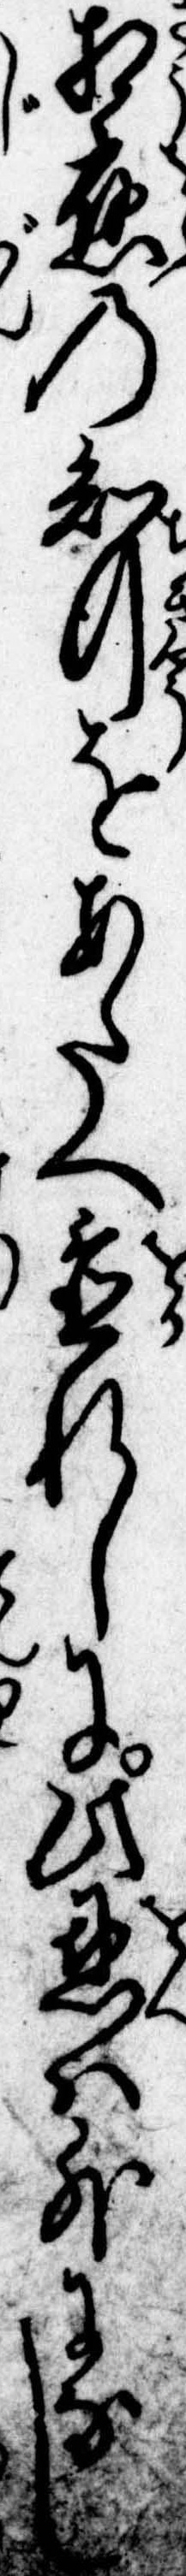
相応の知行をあたへ置れしに此恩は外になし